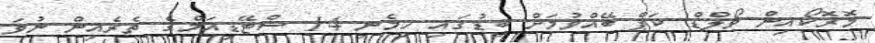
މޮރޮކޯއިން ވޯލްޑް ކަޕް ބޭއްވުމަށް ބިޑުގައި ހިމެނި 14 ސްޓޭޑިއަމްގެ ތެރެއިން ނުވަ